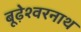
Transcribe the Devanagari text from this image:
बूढ़ेश्वरनाथ